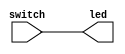
`timescale 1ns / 1ps
//////////////////////////////////////////////////////////////////////////////////
// Company: 
// Engineer: 
// 
// Design Name: 
// Module Name:    led 
// Project Name: 
// Target Devices: 
// Tool versions: 
// Description: 
//
// Dependencies: 
//
// Revision: 
// Revision 0.01 - File Created
// Additional Comments: 
//
//////////////////////////////////////////////////////////////////////////////////
module led(
    input [3:0] switch,
    output [3:0] led
    );

   assign led[3:0]=switch[3:0];

endmodule